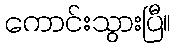
ကောင်းသွားပြီ။